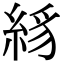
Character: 絼